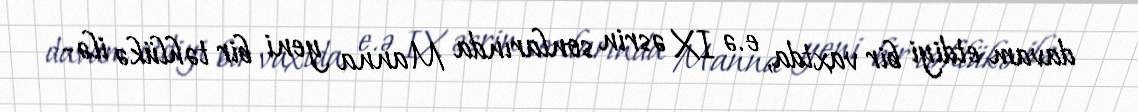
davam etdiyi bir vaxtda, e.ə IX əsrin sonlarında Manna yeni bir təhlükə ilə-